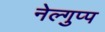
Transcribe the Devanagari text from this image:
नेल्गुप्प